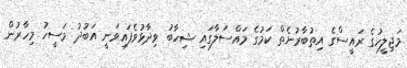
މަޖިލީހުގެ ރައީސްގެ އިތުބާރުނެތް ކަމުގެ މައްސަލާގައި ޝިހާބު ވިދާޅުވެފައިވަނީ އަބުދު މަސީހު މިހާރުން